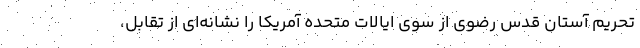
تحریم آستان قدس رضوی از سوی ایالات متحده آمریکا را نشانه‌ای از تقابل،